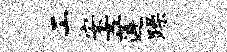
工安女莲躁